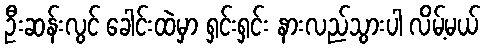
ဦးဆန်းလွင် ခေါင်းထဲမှာ ရှင်းရှင်း နားလည်သွားပါ လိမ့်မယ်